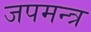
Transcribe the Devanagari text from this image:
जपमन्त्र